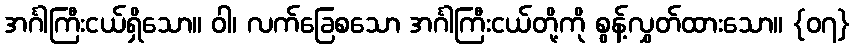
အင်္ဂါကြီးငယ်ရှိသော။ ဝါ၊ လက်ခြေစသော အင်္ဂါကြီးငယ်တို့ကို စွန့်လွှတ်ထားသော။ {၀၇}